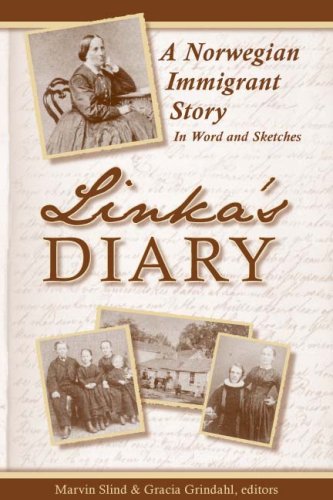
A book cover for Linka's Diary: A Norwegian Immigrant Story; Marvin G. Slind & Gracia Grindal; Biographies & Memoirs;